Report on vaccination in Madras 1904-1921 - 1904-1921
Year: 1904
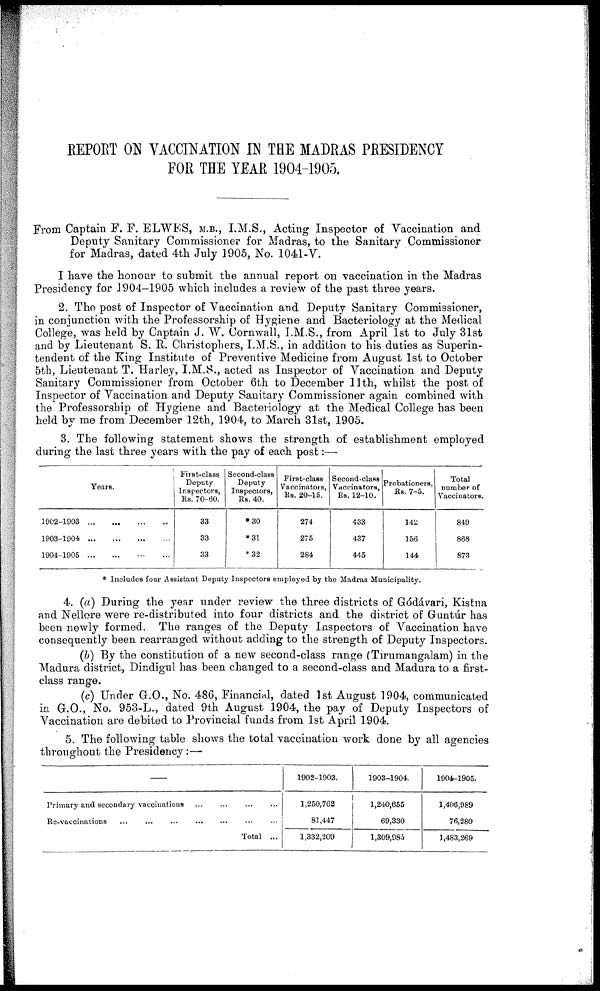
REPORT ON VACCINATION IN THE MADRAS PRESIDENCY
FOR THE YEAR 1904-1905.
From Captain F. F. ELWES, M.B., I.M.S., Acting Inspector of Vaccination and
Deputy Sanitary Commissioner for Madras, to the Sanitary Commissioner
for Madras, dated 4th July 1905, No. 1041-V.
I have the honour to submit the annual report on vaccination in the Madras
Presidency for 1904-1905 which includes a review of the past three years.
2. The post of Inspector of Vaccination and Deputy Sanitary Commissioner,
in conjunction with the Professorship of Hygiene and Bacteriology at the Medical
College, was held by Captain J. W. Cornwall, I.M.S., from April 1st to July 31st
and by Lieutenant S. R. Christophers, I.M.S., in addition to his duties as Superin-
tendent of the King Institute of Preventive Medicine from August 1st to October
5th, Lieutenant T. Harley, I.M.S., acted as Inspector of Vaccination and Deputy
Sanitary Commissioner from October 6th to December 11th, whilst the post of
Inspector of Vaccination and Deputy Sanitary Commissioner again combined with
the Professorship of Hygiene and Bacteriology at the Medical College has been
held by me from December 12th, 1904, to March 31st, 1905.
3. The following statement shows the strength of establishment employed
during the last three years with the pay of each post:—
Years.
1902-1903
...
...
...
...
1903-1904
...
...
...
...
1904-1905
...
...
...
...
First-class
Deputy
Inspectors,
Rs. 70-60.
33
33
33
Second-class
Deputy
Inspectors,
Rs. 40.
*30
*31
*32
First-class
Vaccinators,
Rs. 20-15.
274
275
284
Second-class
Vaccinators,
Rs. 12-10.
433
437
445
Probationers,
Rs. 7-5.
142
156
144
Total
number of
Vaccinators.
849
868
873
* Includes four Assistant Deputy Inspectors employed by the Madras Municipality.
4. (a) During the year under review the three districts of Gódávari, Kistna
and Nellore were re-distributed into four districts and the district of Guntúr has
been newly formed. The ranges of the Deputy Inspectors of Vaccination have
consequently been rearranged without adding to the strength of Deputy Inspectors.
(b) By the constitution of a new second-class range (Tirumangalam) in the
Madura district, Dindigul has been changed to a second-class and Madura to a first-
class range.
(c) Under G.O., No. 486, Financial, dated 1st August 1904, communicated
in G.O., No. 953-L., dated 9th August 1904, the pay of Deputy Inspectors of
Vaccination are debited to Provincial funds from 1st April 1904.
5. The following table shows the total vaccination work done by all agencies
throughout the Presidency:—
—
Primary and secondary vaccinations
...
...
...
...
Re-vaccinations
...
...
...
...
...
...
...
Total ...
1902-1903.
1,250,762
81,447
1,332,209
1903-1904.
1,240,655
69,330
1,309,985
1904-1905.
1,406,989
76,280
1,483,269